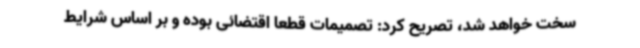
سخت خواهد شد، تصریح کرد: تصمیمات قطعا اقتضائی بوده و بر اساس شرایط